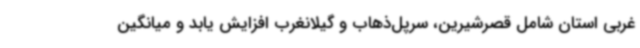
غربی استان شامل قصرشیرین، سرپل‌ذهاب و گیلانغرب افزایش یابد و میانگین